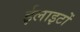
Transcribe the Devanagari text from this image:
ईलाइटों